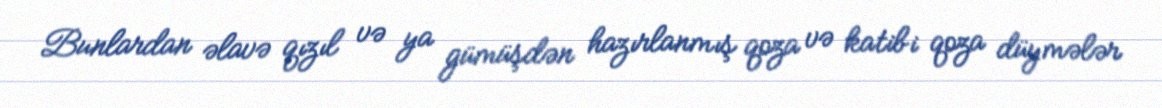
Bunlardan əlavə qızıl və ya gümüşdən hazırlanmış qoza və katibi qoza düymələr